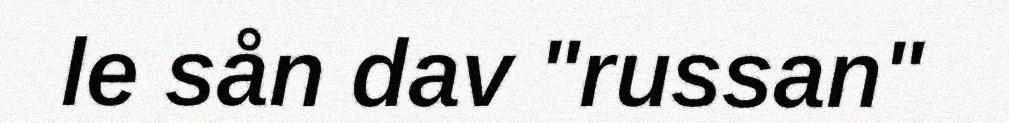
le sån dav "russan"